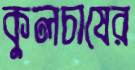
কুলচাষের